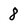
Character: 8